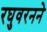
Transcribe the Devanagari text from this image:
रघुवरनने